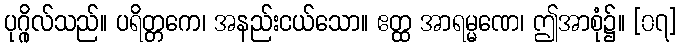
ပုဂ္ဂိုလ်သည်။ ပရိတ္တကေ၊ အနည်းငယ်သော။ ဧတ္ထ အာရမ္မဏေ၊ ဤအာစုံ၌။ [၀၇]